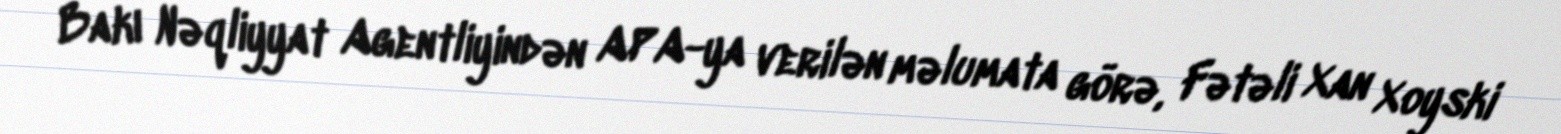
Bakı Nəqliyyat Agentliyindən APA-ya verilən məlumata görə, Fətəli Xan Xoyski